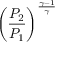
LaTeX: \left( { \frac { P _ { 2 } } { P _ { 1 } } } \right) ^ { \frac { \gamma - 1 } { \gamma } }